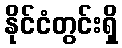
နိုင်ငံတွင်းရှိ